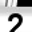
Digit: 2